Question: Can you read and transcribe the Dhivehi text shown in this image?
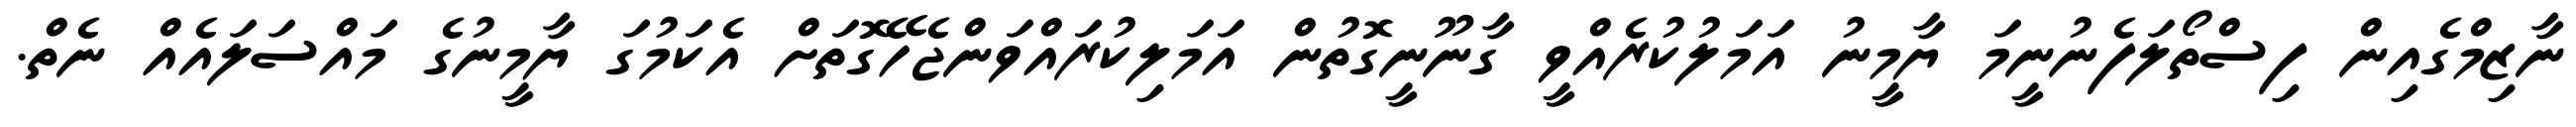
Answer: ނާޒިމްގެއިން ފިސްތޯލަފެނުނީމަ ޔާމީނު އަމަލުކުރެއްވީ ގާނޫނީގޮތުން އަމަލިކުރައްވަންޖެހޭގޮތަށް އެކަމުގަ ޔާމީނުގެ މައްސަލައެއް ނެތް.